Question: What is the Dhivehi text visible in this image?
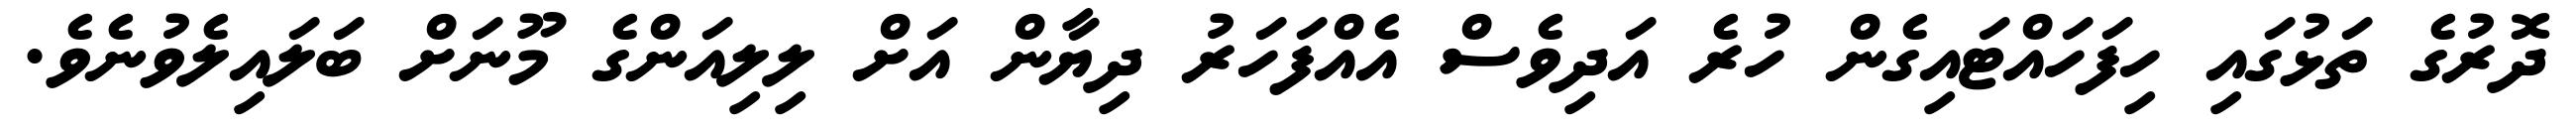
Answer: ދޮރުގެ ތަޅުގައި ހިފަހައްޓައިގެން ހުރެ އަދިވެސް އެއްފަހަރު ދިޔާން އަށް ލިލިއަންގެ މޫނަށް ބަލައިލެވުނެވެ.